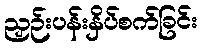
ညှဉ်းပန်းနှိပ်စက်ခြင်း